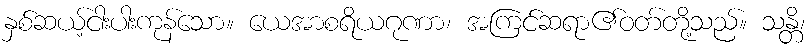
နှစ်ဆယ့်ငါးပါးကုန်သော။ ယေအာစရိယဂုဏာ၊ အကြင်ဆရာ၏ဝတ်တို့သည်။ သန္တိ၊